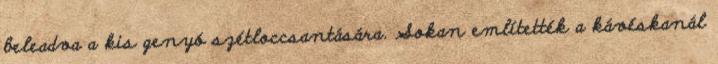
beleadva a kis genyó szétloccsantására. Sokan említették a kávéskanál